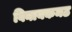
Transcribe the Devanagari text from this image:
विनायकमठ